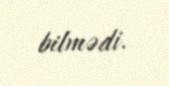
bilmədi.